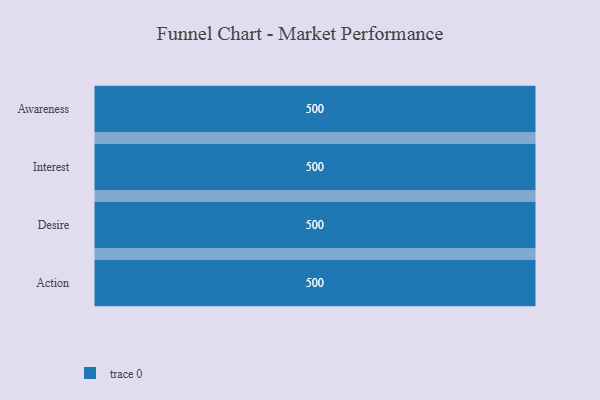
{"axis": {"x": "Stage", "y": "Value"}, "legend": [""], "data": [{"x": "Awareness", "y": 500, "type": ""}, {"x": "Interest", "y": 500, "type": ""}, {"x": "Desire", "y": 500, "type": ""}, {"x": "Action", "y": 500, "type": ""}]}